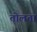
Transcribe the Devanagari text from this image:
तोलता